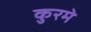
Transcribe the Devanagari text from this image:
कुरमे